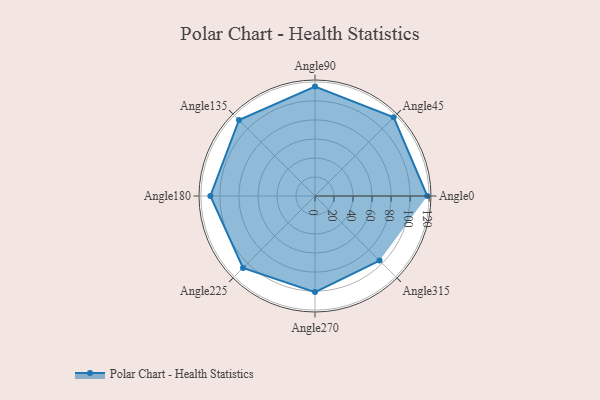
{"axis": {"x": "Angle", "y": "Radius"}, "legend": [""], "data": [{"x": "Angle0", "y": 118.0, "type": ""}, {"x": "Angle45", "y": 117.0, "type": ""}, {"x": "Angle90", "y": 115.0, "type": ""}, {"x": "Angle135", "y": 113.0, "type": ""}, {"x": "Angle180", "y": 110.0, "type": ""}, {"x": "Angle225", "y": 107.0, "type": ""}, {"x": "Angle270", "y": 101.0, "type": ""}, {"x": "Angle315", "y": 96.0, "type": ""}]}